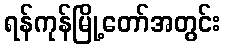
ရန်ကုန်မြို့တော်အတွင်း